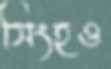
সিংহও